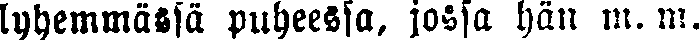
lyhemmässä puheessa, jossa hän m. m.